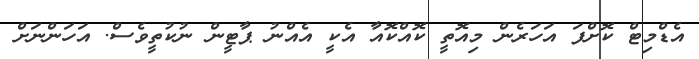
އެޑްމިޓް ކޮށްފަ އަހަރެން މިއޮތީ ކޮއްކޮއާ އެކީ އެއްނު ޕާޓީން ނުކުތީވެސް. އަހަންނަށް